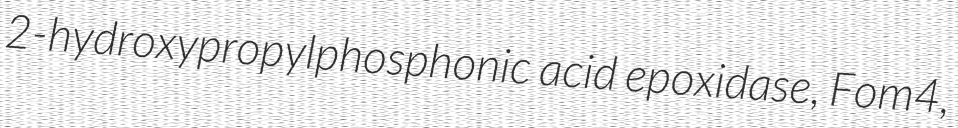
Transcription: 2-hydroxypropylphosphonic acid epoxidase, Fom4,